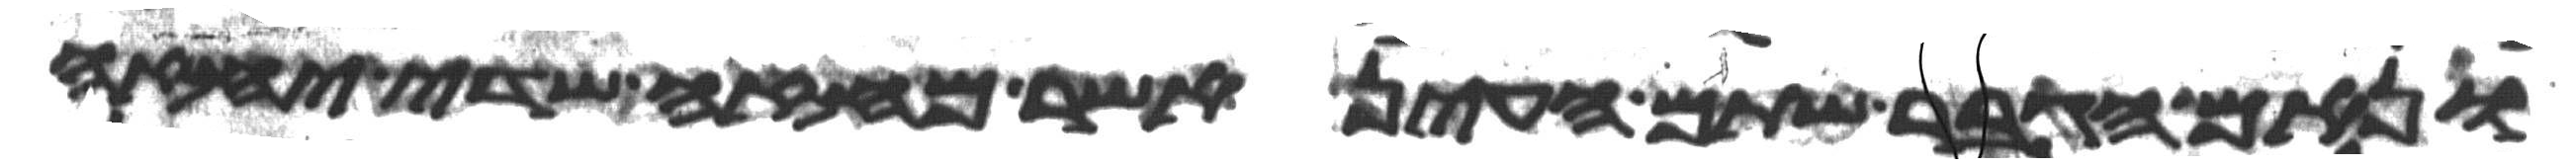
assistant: ונאם הגבר שתם העין אשר מחזה שדה יחזה